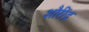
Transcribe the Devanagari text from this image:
शौरींद्र